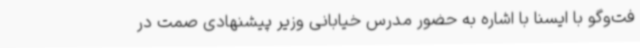
فت‌وگو با ایسنا با اشاره به حضور مدرس خیابانی وزیر پیشنهادی صمت در